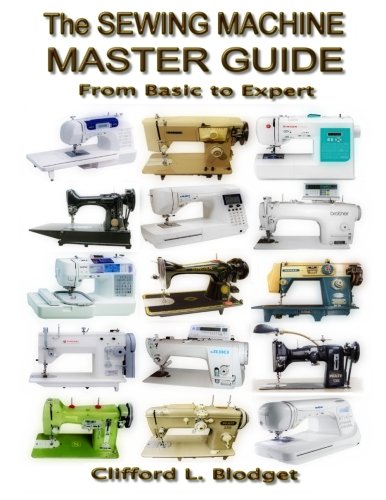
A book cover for The Sewing Machine Master Guide: From Basic to Expert; Clifford L Blodget; Crafts, Hobbies & Home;